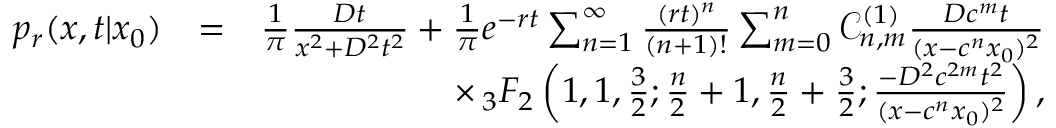
\begin{array} { r l r } { p _ { r } ( x , t | x _ { 0 } ) } & { = } & { \frac { 1 } { \pi } \frac { D t } { x ^ { 2 } + D ^ { 2 } t ^ { 2 } } + \frac { 1 } { \pi } e ^ { - r t } \sum _ { n = 1 } ^ { \infty } \frac { ( r t ) ^ { n } } { ( n + 1 ) ! } \sum _ { m = 0 } ^ { n } \mathcal { C } _ { n , m } ^ { ( 1 ) } \frac { D c ^ { m } t } { ( x - c ^ { n } x _ { 0 } ) ^ { 2 } } } \\ & { } & { \times \, _ { 3 } F _ { 2 } \left( 1 , 1 , \frac { 3 } { 2 } ; \frac { n } { 2 } + 1 , \frac { n } { 2 } + \frac { 3 } { 2 } ; \frac { - D ^ { 2 } c ^ { 2 m } t ^ { 2 } } { ( x - c ^ { n } x _ { 0 } ) ^ { 2 } } \right) , } \end{array}